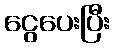
ငွေပေးပြီး